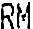
RM